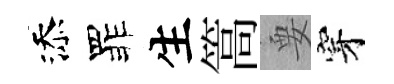
添罪生篙要穿